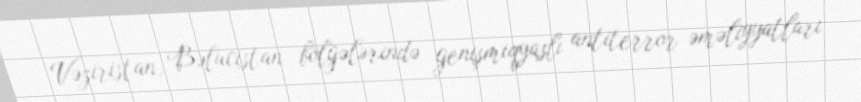
Vəziristan, Bəlucistan bölgələrində genişmiqyaslı antiterror əməliyyatları